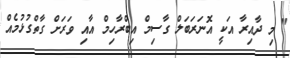
" މި ދާއިރާ އަކީ އޮނަރަބަލް ގާސިމް އިބްރާހިމް އާއި ވަރަށް ގާތްގުޅުމެއް